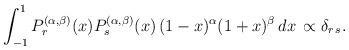
LaTeX: \begin{align*}\int_{-1}^1 P_r^{(\alpha,\beta)}(x) P_s^{(\alpha,\beta)}(x)\,(1-x)^\alpha (1+x)^\beta\,dx\, \propto\delta_{r\,s}.\end{align*}